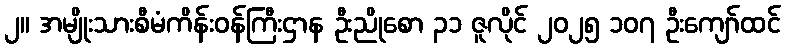
၂။ အမျိုးသားစီမံကိန်းဝန်ကြီးဌာန ဦးညိုစော ၃၁ ဇူလိုင် ၂၀၂၅ ၁၀၇ ဦးကျော်ထင်